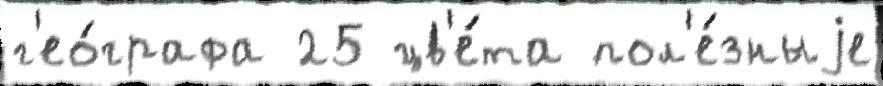
г'ео́графа 25 цв'е́та пол'е́зныjе